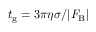
t _ { \mathrm { g } } = 3 \pi \eta \sigma / \vert F _ { \mathrm { B } } \vert